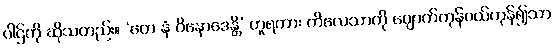
ပါဌ်ကို ဆိုသတည်း။ ‘တေ နံ ဝိနောဒေန္တိ’ ဟူရကား ကိလေသာကို ပျောက်ကုန်ပယ်ကုန်၍သာ